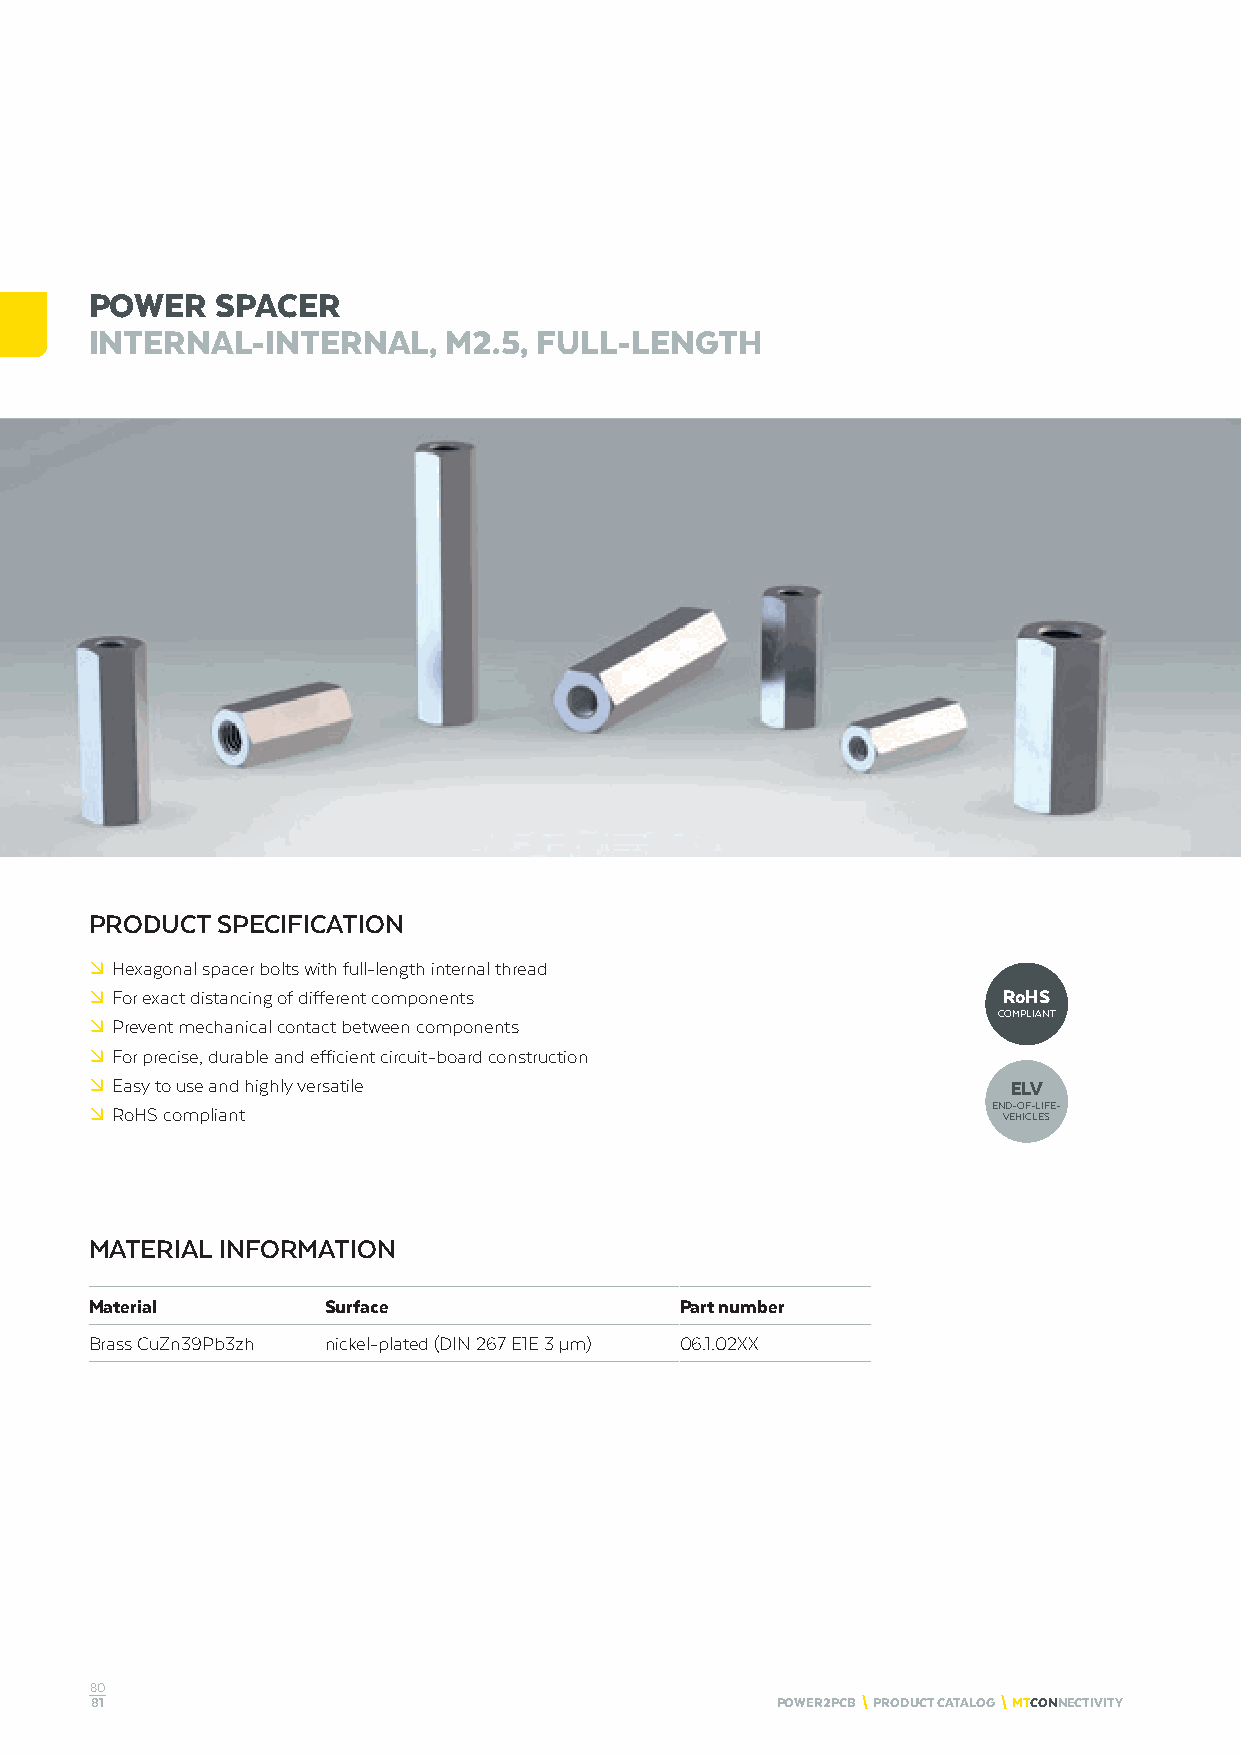
POWER   SPACER
 INTERNAL-INTERNAL,     M2.5, FULL-LENGTH
 PRODUCT SPECIFICATION
 º Hexagonal spacer bolts with full-length internal thread
 º For exact distancing of different components              RoHS
 COMPLIANT
 º Prevent mechanical contact between components
 º For precise, durable and efficient circuit-board construction
 º Easy to use and highly versatile                           ELV
 º RoHS compliant                                            END-OF-LIFE-
 VEHICLES
 MATERIAL INFORMATION
 Material        Surface                Part number
 Brass CuZn39Pb3zh nickel-plated (DIN 267 E1E 3 μm) 06.1.02XX
 80
 81                                           POWER2PCB \ PRODUCT CATALOG \ MTCONNECTIVITY